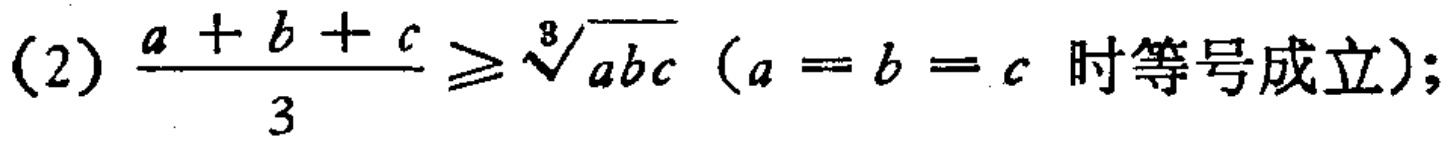
(2) $\frac{a + b + c}{3} \geq \sqrt[3]{abc} \ (a = b = c \text{ 时等号成立});$